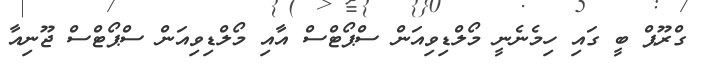
ގްރޫޕް ބީ ގައި ހިމެނެނީ މޯލްޑިވިއަން ސްޕޯޓްސް އާއި މޯލްޑިވިއަން ސްޕޯޓްސް ޖޫނިއާ